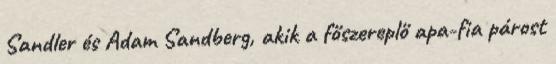
Sandler és Adam Sandberg, akik a főszereplő apa-fia párost